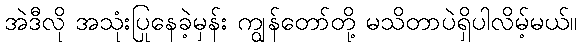
အဲဒီလို အသုံးပြုနေခဲ့မှန်း ကျွန်တော်တို့ မသိတာပဲရှိပါလိမ့်မယ်။